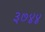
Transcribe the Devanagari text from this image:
३७४४